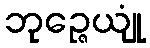
ဘုဉ္ဇေယျုံ